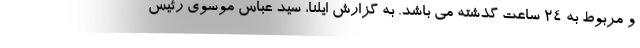
و مربوط به ۲۴ ساعت گذشته می باشد. به گزارش ایلنا، سید عباس موسوی رئیس